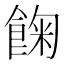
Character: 𩛺